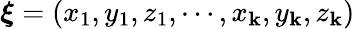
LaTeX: {\boldsymbol\xi}=(x_{1},y_{1},z_{1},\cdots,x_{\mathbf{k}},y_{\mathbf{k}},z_{\mathbf{k}})